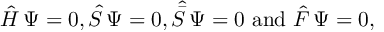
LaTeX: \hat { H } \, \Psi = 0 , \hat { S } \, \Psi = 0 , { \hat { \bar { S } } } \, \Psi = 0 \, \, \mathrm { a n d } \, \, \hat { \cal F } \, \Psi = 0 ,